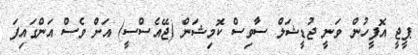
ޕީޖީ އޮފީހުން ވަނީ ޖުޑީޝަލް ސާވިސް ކޮމިޝަން (ޖޭއެސްސީ) އަށް ވެސް އަންގައިފަ